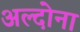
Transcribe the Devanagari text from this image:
अल्दोना